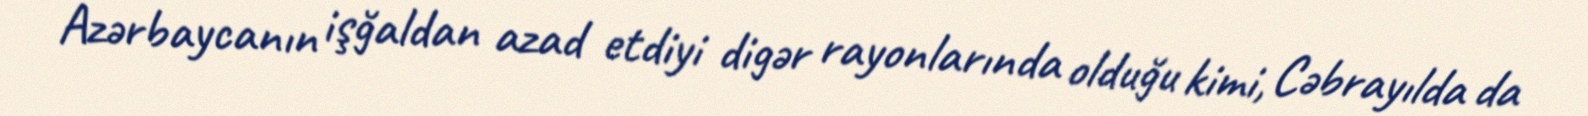
Azərbaycanın işğaldan azad etdiyi digər rayonlarında olduğu kimi, Cəbrayılda da